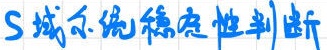
$S$域系统稳定性判断